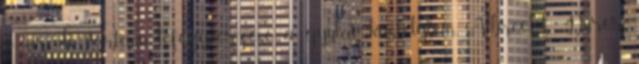
10 aradi vértanú lefegyverzése a gyulai kastélyban, Albrecht Dürer